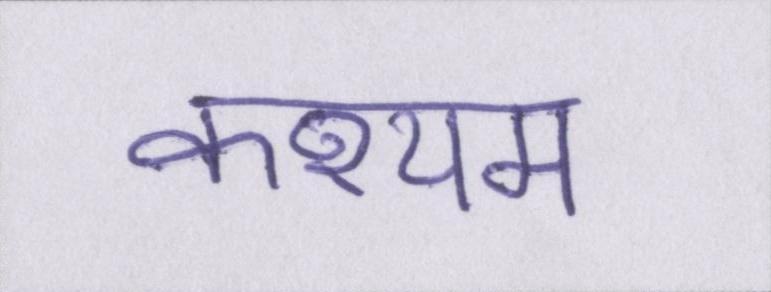
कश्यप